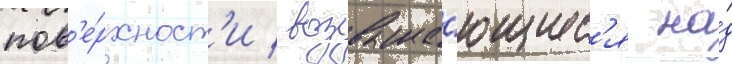
пов'е́рхност'и / возвыша́ющиес'я на́д